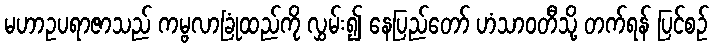
မဟာဥပရာဇာသည် ကမ္ဗလာခြုံထည်ကို လွှမ်း၍ နေပြည်တော် ဟံသာဝတီသို့ တက်ရန် ပြင်စဉ်